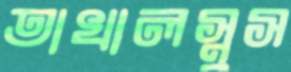
তাখালস্নুস